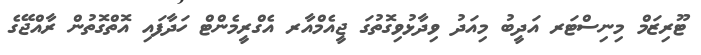
ޓޫރިޒަމް މިނިސްޓަރ އަދީބު މިއަދު ވިދާޅުވިގޮތުގަ ޖީއެމްއާރ އެގްރީމެންޓް ހަދާފައި އޮތްގޮތުން ރާއްޖޭގެ